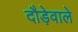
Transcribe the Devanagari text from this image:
दौड़ेवाले